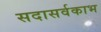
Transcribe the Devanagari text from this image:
सदासर्वकाभ